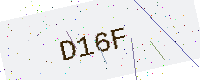
Text: D16F